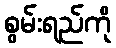
စွမ်းရည်ကို